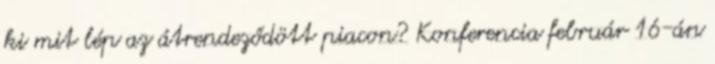
ki mit lép az átrendeződött piacon? Konferencia február 16-án